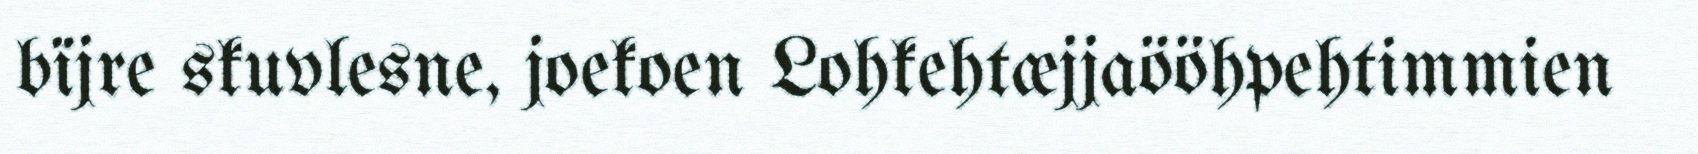
bïjre skuvlesne, joekoen Lohkehtæjjaööhpehtimmien